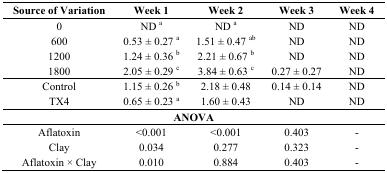
| Source of Variation | Week 1 | Week 2 | Week 3 | Week 4 |
 | --- | --- | --- | --- | --- |
 | 0 | ND a | ND a | ND | ND |
 | 600 | 0.53 ± 0.27 a | 1.51 ± 0.47 ab | ND | ND |
 | 1200 | 1.24 ± 0.36 b | 2.21 ± 0.67 b | ND | ND |
 | 1800 | 2.05 ± 0.29 c | 3.84 ± 0.63 c | 0.27 ± 0.27 | ND |
 | Control | 1.15 ± 0.26 b | 2.18 ± 0.48 | 0.14 ± 0.14 | ND |
 | TX4 | 0.65 ± 0.23 a | 1.60 ± 0.43 | ND | ND |
 | <COLSPAN=5> ANOVA |
 | Aflatoxin | <0.001 | <0.001 | 0.403 | - |
 | Clay | 0.034 | 0.277 | 0.323 | - |
 | Aflatoxin × Clay | 0.010 | 0.884 | 0.403 | - |